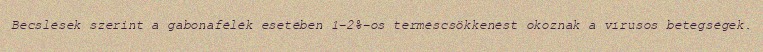
Becslések szerint a gabonafélék esetében 1-2%-os terméscsökkenést okoznak a vírusos betegségek.